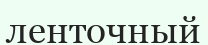
ленточный